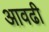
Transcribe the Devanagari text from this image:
आवढी